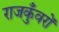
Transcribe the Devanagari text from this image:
राजकुँवरों